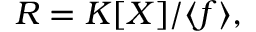
R = K [ X ] / \langle f \rangle ,